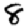
Digit: 8